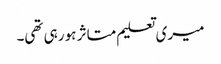
میری تعلیم متاثر ہو رہی تھی۔